Annual report on the working of the lock hospitals in the North-Western Provinces and Oudh
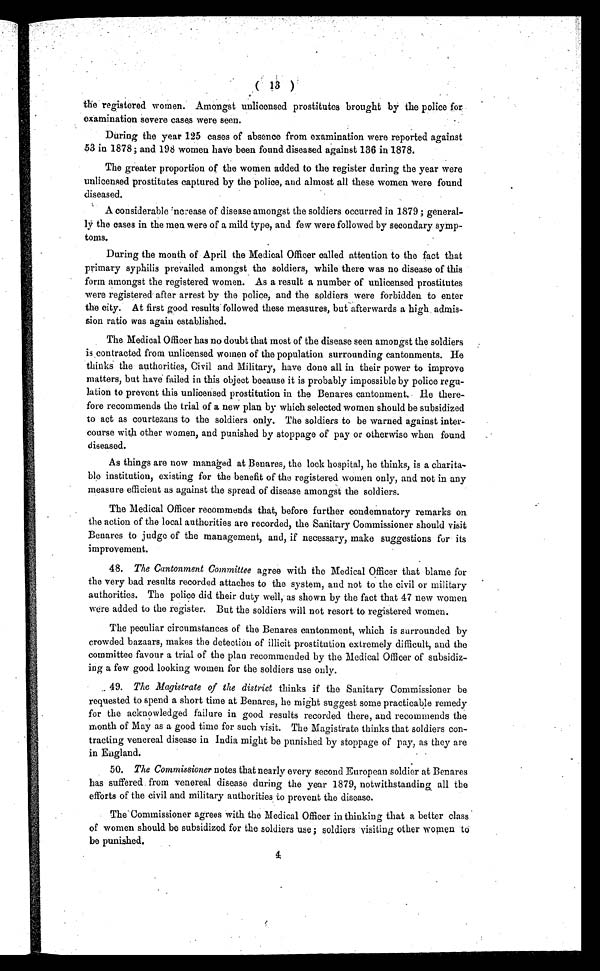
(
13
)
the registered women. Amongst unlicensed prostitutes brought by the police for
examination severe cases were seen.
During the year 125 cases of absence from examination were reported against
53 in 1878; and 198 women have been found diseased against 136 in 1878.
The greater proportion of the women added to the register during the year were
unlicensed prostitutes captured by the police, and almost all these women were found
diseased.
A considerable ncrease of disease amongst the soldiers occurred in 1879 ; general-
ly the cases in the men were of a mild type, and few were followed by secondary symp-
toms.
During the month of April the Medical Officer called attention to the fact that
primary syphilis prevailed amongst the soldiers, while there was no disease of this
form amongst the registered women. As a result a number of unlicensed prostitutes
were registered after arrest by the police, and the soldiers were forbidden to enter
the city. At first good results followed these measures, but afterwards a high admis-
sion ratio was again established.
The Medical Officer has no doubt that most of the disease seen amongst the soldiers
is contracted from unlicensed women of the population surrounding cantonments. He
thinks the authorities, Civil and Military, have done all in their power to improve
matters, but have failed in this object because it is probably impossible by police regu-
lation to prevent this unlicensed prostitution in the Benares cantonment. He there-
fore recommends the trial of a new plan by which selected women should be subsidized
to act as courtezans to the soldiers only. The soldiers to be warned against inter-
course with other women, and punished by stoppage of pay or otherwise when found
diseased.
As things are now managed at Benares, the lock hospital, he thinks, is a charita-
ble institution, existing for the benefit of the registered women only, and not in any
measure efficient as against the spread of disease amongst the soldiers.
The Medical Officer recommends that, before further condemnatory remarks on
the action of the local authorities are recorded, the Sanitary Commissioner should visit
Benares to judge of the management, and, if necessary, make suggestions for its
improvement.
48. The Cantonment Committee agree with the Medical Officer that blame for
the very bad results recorded attaches to the system, and not to the civil or military
authorities. The police did their duty well, as shown by the fact that 47 new women
were added to the register. But the soldiers will not resort to registered women.
The peculiar circumstances of the Benares cantonment, which is surrounded by
crowded bazaars, makes the detection of illicit prostitution extremely difficult, and the
committee favour a trial of the plan recommended by the Medical Officer of subsidiz-
ing a few good looking women for the soldiers use only.
49.
The Magistrate of the district thinks if the Sanitary Commissioner be
requested to spend a short time at Benares, he might suggest some practicable remedy
for the acknowledged failure in good results recorded there, and recommends the
month of May as a good time for such visit. The Magistrate thinks that soldiers con-
tracting venereal disease in India might be punished by stoppage of pay, as they are
in England.
50.
The Commissioner notes that nearly every second European soldier at Benares
has suffered from venereal disease during the year 1879, notwithstanding all the
efforts of the civil and military authorities to prevent the disease.
The Commissioner agrees with the Medical Officer in thinking that a better class
of women should be subsidized for the soldiers use ; soldiers visiting other women to
be punished. 4